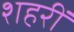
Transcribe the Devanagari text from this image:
शहरीं